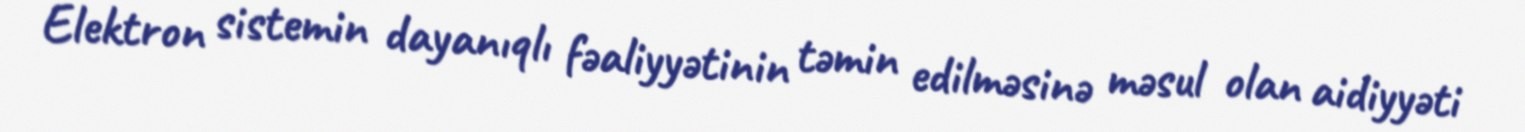
Elektron sistemin dayanıqlı fəaliyyətinin təmin edilməsinə məsul olan aidiyyəti